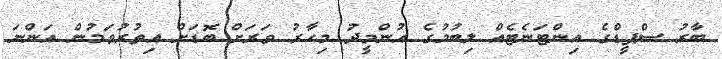
ބާރު ސްޕީޑްގެ އިންޓަނެޓެއް ލިބުމުގެ އުންމީދު މިހާރު ވަރަށް ބޮޑަށް އިތުރުވަމުން އަންނަ